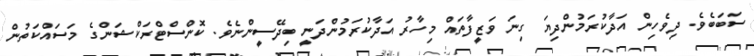
ސަބަބެވެ. ދިވެހިން އަދާކުރަމުންދިޔަ ގިނަ ވަޒީފާތައް މިހާރު އަދާކުރަމުންދަނީ ބިދޭސީންނެވެ. ކޮންސްޓްރަކްޝަންގެ މަސައްކަތުން